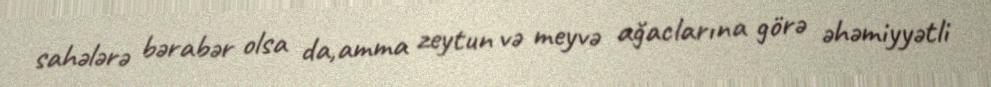
sahələrə bərabər olsa da,amma zeytun və meyvə ağaclarına görə əhəmiyyətli